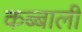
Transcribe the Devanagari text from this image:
कब्बाली